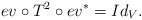
LaTeX: \begin{align*}ev \circ T^2 \circ ev^{\ast}=Id_V. \end{align*}